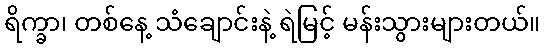
ရိက္ခာ၊ တစ်နေ့ သံချောင်းနဲ့ ရဲမြင့် မန်းသွားများတယ်။